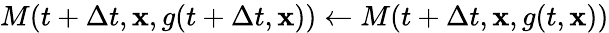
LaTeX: M(t+\Delta t,\mathbf{x},g(t+\Delta t,\mathbf{x}))\xleftarrow{}M(t+\Delta t,\mathbf{x},g(t,\mathbf{x}))